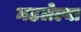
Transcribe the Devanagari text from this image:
मढलेल्या